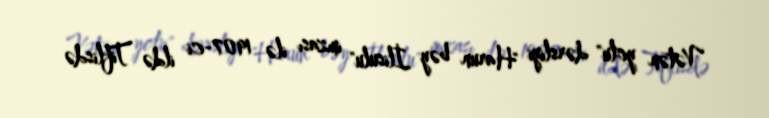
Vətən yolu" dərsliyi "Harun bəy İlisulu" imzası ilə 1907-ci ildə Tiflisdə